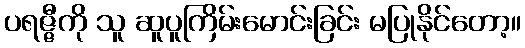
ပရဇ္ဇီကို သူ ဆူပူကြိမ်းမောင်းခြင်း မပြုနိုင်တော့။